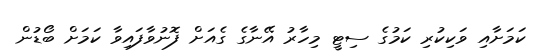
ކަމަށާއި ވަކިކުރި ކަމުގެ ސިޓީ މިހާރު އޭނާގެ ގެއަށް ފޮނުވާފައިވާ ކަމަށް ބޯޑުން